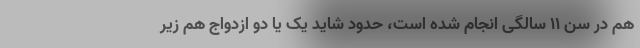
هم در سن ۱۱ سالگی انجام شده است، حدود شاید یک یا دو ازدواج هم زیر